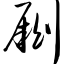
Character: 劂